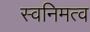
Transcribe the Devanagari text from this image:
स्वनिमत्व